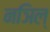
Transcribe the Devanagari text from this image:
नञिल्